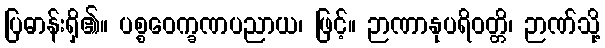
ပြဓာန်းရှိ၏။ ပစ္စဝေက္ခဏပညာယ၊ ဖြင့်။ ဉာဏာနုပရိဝတ္တိ၊ ဉာဏ်သို့